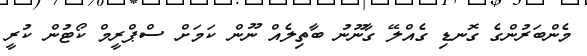
މެންބަރުންގެ ގޮނޑި ގެއްލޭ ގާނޫނު ބާތިލެއް ނޫން ކަމަށް ސްްޕްރީމް ކޯޓުން ކުރީ